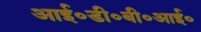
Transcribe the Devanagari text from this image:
आई०डी०बी०आई०